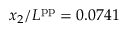
x _ { 2 } / L ^ { \mathrm { p p } } = 0 . 0 7 4 1